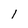
Character: I